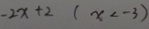
- 2 x + 2 ( x < - 3 )